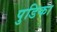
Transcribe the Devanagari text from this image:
पुडिका